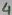
Text: 4